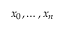
x _ { 0 } , \ldots , x _ { n } \,